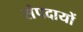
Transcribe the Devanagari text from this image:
संपदायों